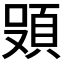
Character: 𮨄